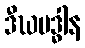
ဒီဃမဒ္ဓါန